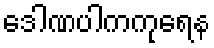
ဒေါဏပါကကုရေန